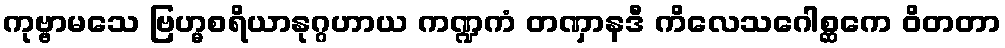
ကုဗ္ဗာမသေ ဗြဟ္မစရိယာနုဂ္ဂဟာယ ကဏ္ဍကံ တဏှာနဒီ ကိလေသဂေါစ္ဆကေ ဝိတတာ